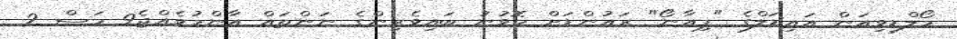
މޯލްޑިވިއަން އައިޑަލްގެ "ޕިއާނޯ" ރައުންޑަށް ހޮވުނު ބައިވެރިންގެ ނަންތައް އާންމުވެއްޖެ9 މަސް 2